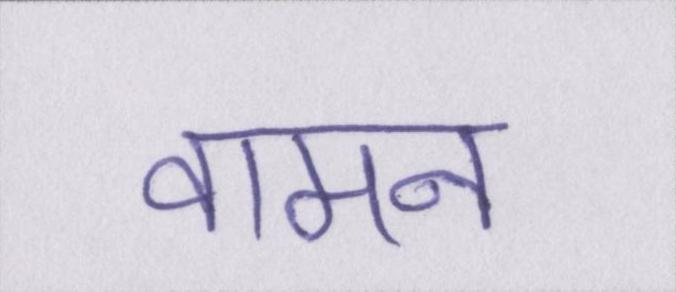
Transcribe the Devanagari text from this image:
वामन